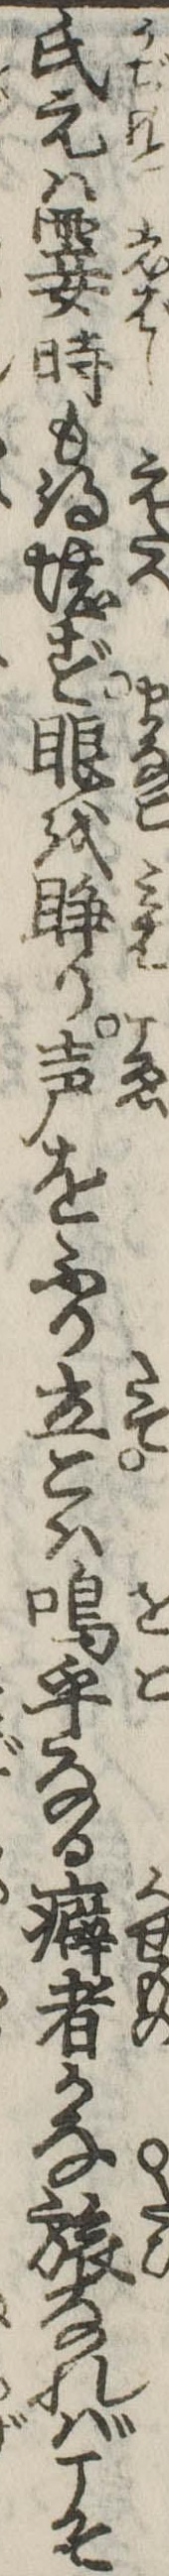
氏元は霎時も得堪ず眼をり声をふり立こは鳴乎なる癖者かな旅なればこそ